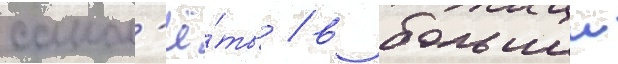
самол'ё́ты / в большеи